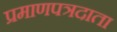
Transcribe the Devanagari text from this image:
प्रमाणपत्रदाता